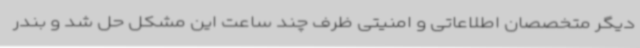
دیگر متخصصان اطلاعاتی و امنیتی ظرف چند ساعت این مشکل حل شد و بندر